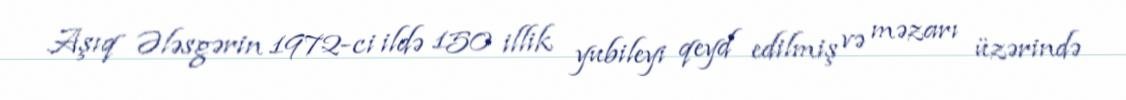
Aşıq Ələsgərin 1972-ci ildə 150 illik yubileyi qeyd edilmiş və məzarı üzərində